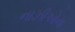
નાઝીઓના